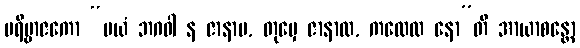
ပရိဗ္ဗာဇကော “မယံ ဘဂဝါ န ဇာနာမ, တုမှေ ဇာနာထ, ကထေထ နော”တိ အာယာစန္တော